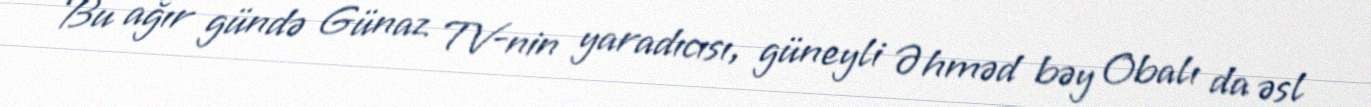
Bu ağır gündə Günaz TV-nin yaradıcısı, güneyli Əhməd bəy Obalı da əsl